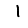
Digit: 1